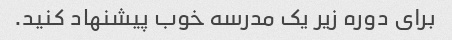
برای دوره زیر یک مدرسه خوب پیشنهاد کنید.